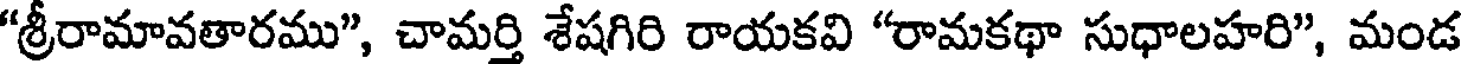
"శ్రీరామావతారము", చామర్తి శేషగిరి రాయకవి "రామకథా సుధాలహరి", మండ